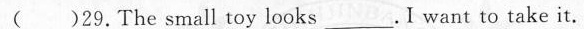
( )29.The small toy looks___I want to take it.